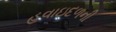
હવાઇદળની